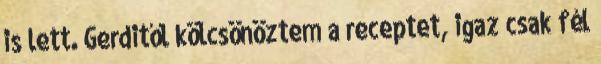
is lett. Gerditől kölcsönöztem a receptet, igaz csak fél